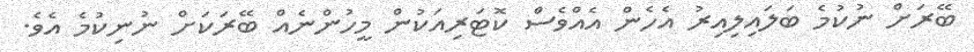
ބޭރަށް ނުކުމެ ބަލައިލިއިރު އެހެން އެއްވެސް ކޮޓަރިއަކުންް މީހުންނެއް ބޭރަކަށް ނުނިކުމެ އެވެ.